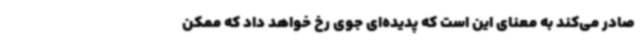
صادر می‌کند به معنای این است که پدیده‌ای جوی رخ خواهد داد که ممکن